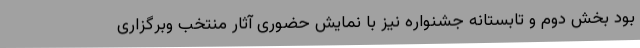
بود بخش دوم و تابستانه جشنواره نیز با نمایش حضوری آثار منتخب وبرگزاری